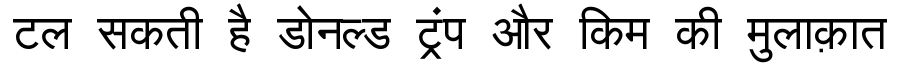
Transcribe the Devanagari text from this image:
टल सकती है डोनल्ड ट्रंप और किम की मुलाक़ात